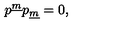
p ^ { \underline { m } } p _ { \underline { m } } = 0 ,